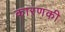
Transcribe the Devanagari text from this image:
कारणकी